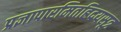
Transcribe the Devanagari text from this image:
प्रज्ञापारमितह्रिदयसूत्र